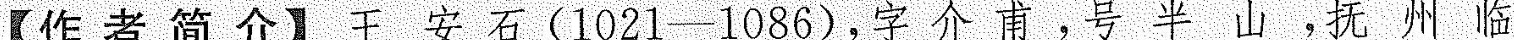
【作者简介】：王安石(1021–1086)，字介甫，号半山，抚州临